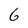
Character: 6